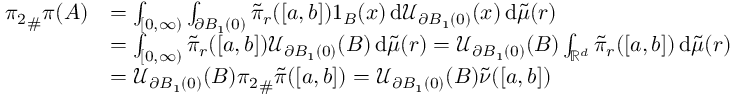
\begin{array} { r l } { { \pi _ { 2 } } _ { \# } \pi ( A ) } & { = \int _ { [ 0 , \infty ) } \int _ { \partial B _ { 1 } ( 0 ) } \tilde { \pi } _ { r } ( [ a , b ] ) 1 _ { B } ( x ) \, \mathrm { d } \mathcal U _ { \partial B _ { 1 } ( 0 ) } ( x ) \, \mathrm { d } \tilde { \mu } ( r ) } \\ & { = \int _ { [ 0 , \infty ) } \tilde { \pi } _ { r } ( [ a , b ] ) \mathcal U _ { \partial B _ { 1 } ( 0 ) } ( B ) \, \mathrm { d } \tilde { \mu } ( r ) = \mathcal U _ { \partial B _ { 1 } ( 0 ) } ( B ) \int _ { \mathbb { R } ^ { d } } \tilde { \pi } _ { r } ( [ a , b ] ) \, \mathrm { d } \tilde { \mu } ( r ) } \\ & { = \mathcal U _ { \partial B _ { 1 } ( 0 ) } ( B ) { \pi _ { 2 } } _ { \# } \tilde { \pi } ( [ a , b ] ) = \mathcal U _ { \partial B _ { 1 } ( 0 ) } ( B ) \tilde { \nu } ( [ a , b ] ) } \end{array}